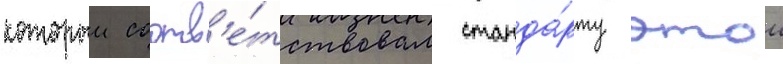
которыи соотв'е́тствовал станда́рту этои